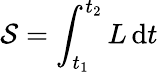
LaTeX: {\mathcal{S}}=\int_{t_{1}}^{t_{2}}L\, \mathrm{d}t\,